Annual report of the Prince of Wales Medical College, Patna
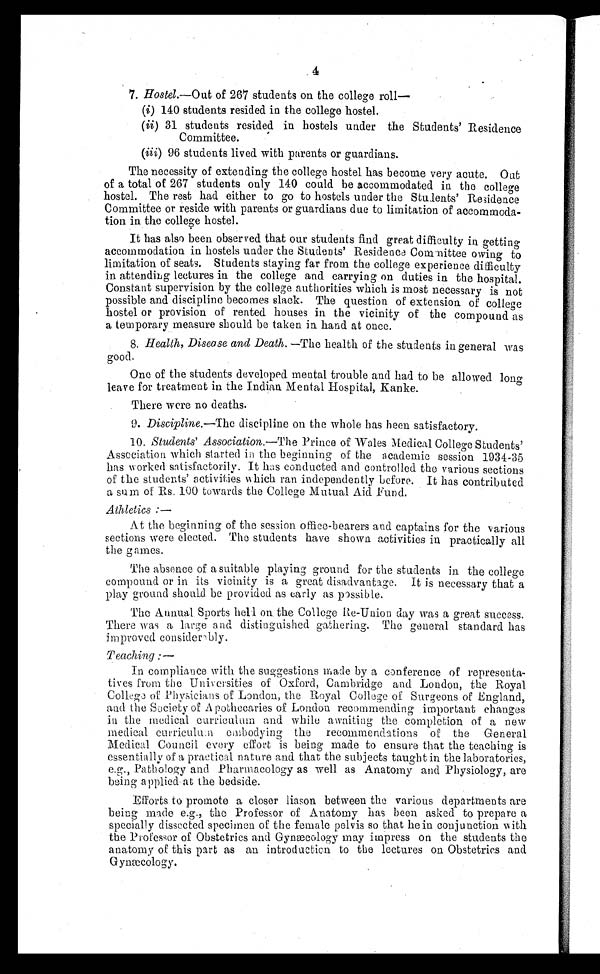
4
7. Hostel.—Out of 267 students on the college roll
—
(i) 140 students resided in the college hostel.
(ii) 31 students resided in hostels under the Students' Residence
Committee.
(iii) 96 students lived with parents or guardians.
The necessity of extending the college hostel has become very acute. Out
of a total of 267 students only 140 could be accommodated in the college
hostel. The rest had either to go to hostels under the Students' Residence
Committee or reside with parents or guardians due to limitation of accommoda-
tion in the college hostel.
It has also been observed that our students find great difficulty in getting
accommodation in hostels under the Students' Residence Committee owing to
limitation of seats. Students staying far from the college experience difficulty
in attending lectures in the college and carrying on duties in the hospital.
Constant supervision by the college authorities which is most necessary is not
possible and discipline becomes slack. The question of extension of college
hostel or provision of rented houses in the vicinity of the compound as
a temporary measure should be taken in hand at once.
8. Health, Disease and Death. —The health of the students in general was
good.
One of the students developed mental trouble and had to be allowed long
leave for treatment in the Indian Mental Hospital, Kanke.
There were no deaths.
9. Discipline.— The discipline on the whole has been satisfactory.
10. Students' Association.—The Prince of Wales Medical College Students'
Association which started in the beginning of the academic session 1934-35
has worked satisfactorily. It has conducted and controlled the various sections
of the students' activities which ran independently before. It has contributed
a sum of Rs. 100 towards the College Mutual Aid Fund.
Athletics :—
At the beginning of the session office-bearers and captains for the various
sections were elected. The students have shown activities in practically all
the games.
The absence of a suitable playing ground for the students in the college
compound or in its vicinity is a great disadvantage. It is necessary that a
play ground should be provided as early as possible.
The Annual Sports hell on the College Re-Union day was a great success.
There was a large and distinguished gathering. The general standard has
improved considerably.
Teaching :—
In compliance with the suggestions made by a conference of representa-
tives from the Universities of Oxford, Cambridge and London, the Royal
College of Physicians of London, the Royal College of Surgeons of England,
and the Society of Apothecaries of London recommending important changes
in the medical curriculum and while awaiting the completion of a new
medical curriculum embodying the recommendations of the General
Medical Council every effort is being made to ensure that the teaching is
essentially of a practical nature and. that the subjects taught in the laboratories,
e.g., Pathology and Pharmacology as well as Anatomy and Physiology, are
being applied at the bedside.
Efforts to promote a closer liason between the various departments are
being made e.g., the Professor of Anatomy has been asked to prepare a
specially dissected specimen of the female pelvis so that he in conjunction with
the Professor of Obstetrics and Gynæcology may impress on the students the
anatomy of this part as an introduction to the lectures on Obstetrics and
Gynæcology.